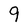
Character: 9